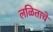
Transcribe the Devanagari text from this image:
लळिताचे